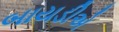
બાયડીએ